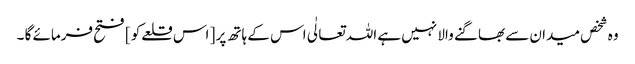
وہ شخص میدان سے بھاگنے والا نہیں ہے اللہ تعالٰی اس کے ہاتھ پر [ اس قلعےکو ] فتح فرمائے گا ۔